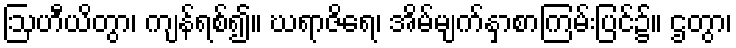
ဩဟီယိတွာ၊ ကျန်ရစ်၍။ ဃရာဇိရေ၊ အိမ်မျက်နှာစာကြမ်းပြင်၌။ ဌတွာ၊